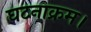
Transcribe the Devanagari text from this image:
घटनाक्रम।